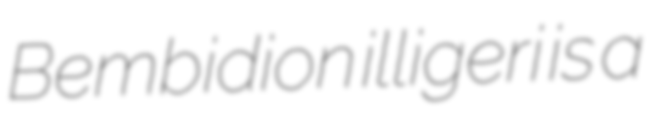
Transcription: Bembidion illigeri is a